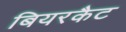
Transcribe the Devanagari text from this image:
बियरकैट